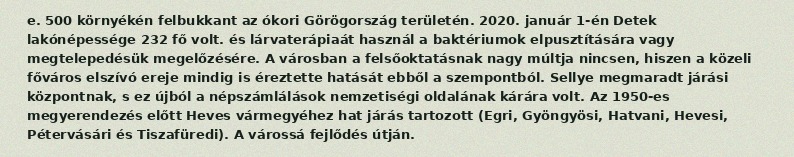
e. 500 környékén felbukkant az ókori Görögország területén. 2020. január 1-én Detek lakónépessége 232 fő volt. és lárvaterápiaát használ a baktériumok elpusztítására vagy megtelepedésük megelőzésére. A városban a felsőoktatásnak nagy múltja nincsen, hiszen a közeli főváros elszívó ereje mindig is éreztette hatását ebből a szempontból. Sellye megmaradt járási központnak, s ez újból a népszámlálások nemzetiségi oldalának kárára volt. Az 1950-es megyerendezés előtt Heves vármegyéhez hat járás tartozott (Egri, Gyöngyösi, Hatvani, Hevesi, Pétervásári és Tiszafüredi). A várossá fejlődés útján.